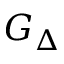
G _ { \Delta }